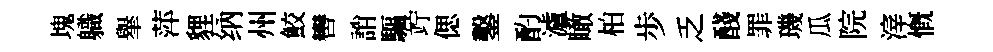
塊軄𦦙萍貍纳州鮫轡誚驅竚偲鑿酌瀘瞰柏歩乏醆罪璣瓜院滓慨